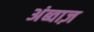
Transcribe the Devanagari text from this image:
अंब्वाज़